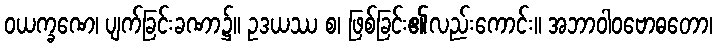
ဝယက္ခဏေ၊ ပျက်ခြင်းခဏာ၌။ ဥဒယဿ စ၊ ဖြစ်ခြင်း၏လည်းကောင်း။ အဘာဝါဝဗောဓတော၊